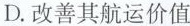
D.改善其航运价值